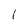
Character: l